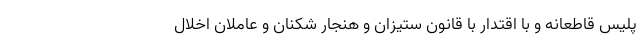
پلیس قاطعانه و با اقتدار با قانون ستیزان و هنجار شکنان و عاملان اخلال